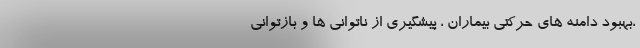
،بهبود دامنه های حرکتی بیماران ، پیشگیری از ناتوانی ها و بازتوانی